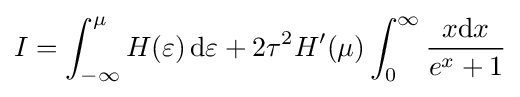
I=\int _{-\infty }^{\mu }H(\varepsilon )\,\mathrm {d} \varepsilon +2\tau ^{2}H'(\mu )\int _{0}^{\infty }{\frac {x\mathrm {d} x}{e^{x}+1}}